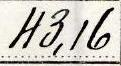
43,16